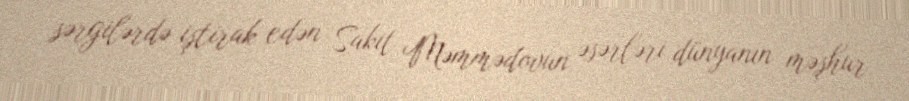
sərgilərdə iştirak edən Sakit Məmmədovun əsərləri dünyanın məşhur